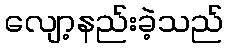
လျော့နည်းခဲ့သည်